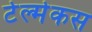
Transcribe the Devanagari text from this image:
टेल्मेकस